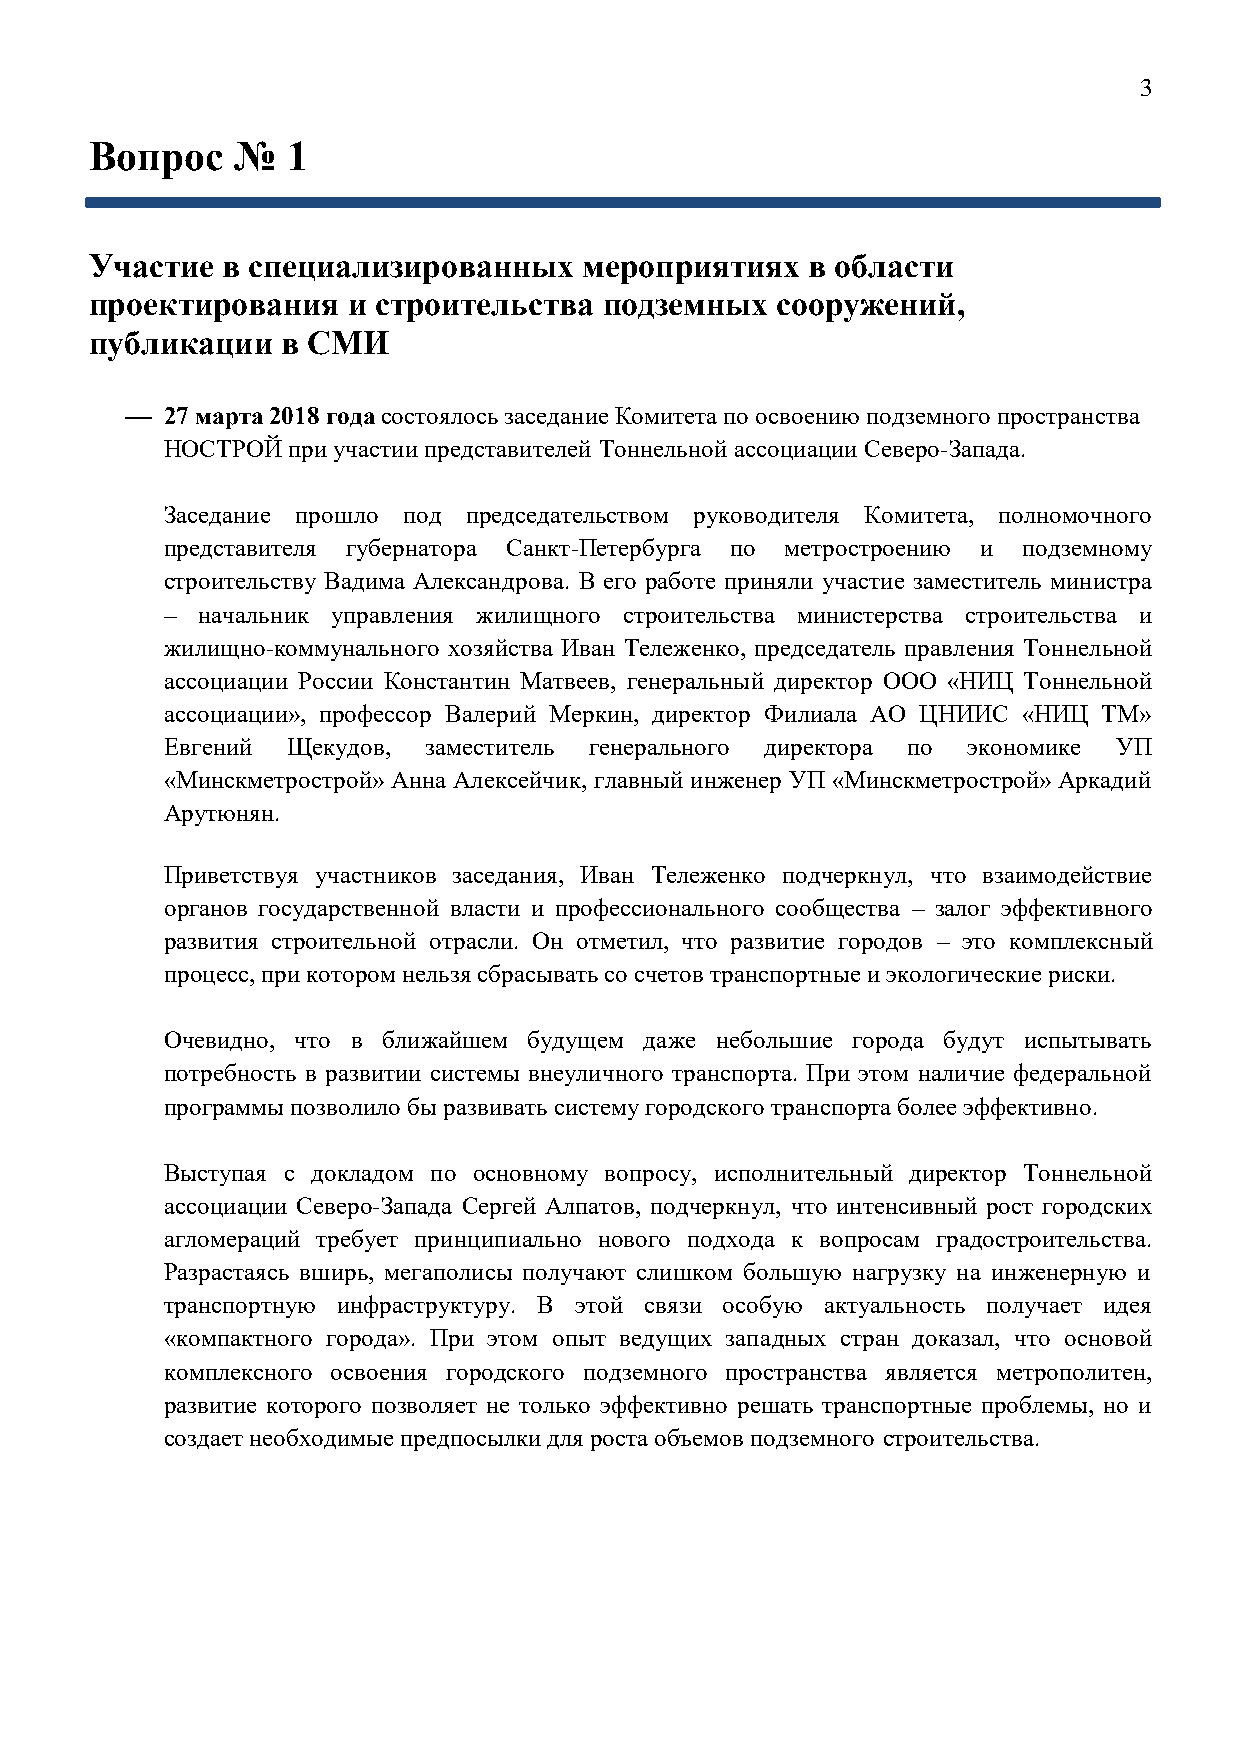
3
 Вопрос    №  1
 Участие  в специализированных    мероприятиях  в области
 проектирования   и строительства  подземных  сооружений,
 публикации   в СМИ
   27 марта 2018 года состоялось заседание Комитета по освоению подземного пространства
 НОСТРОЙ при участии представителей Тоннельной ассоциации Северо-Запада.
 Заседание прошло под председательством руководителя Комитета, полномочного
 представителя губернатора Санкт-Петербурга по метростроению и подземному
 строительству Вадима Александрова. В его работе приняли участие заместитель министра
 – начальник управления жилищного строительства министерства строительства и
 жилищно-коммунального хозяйства Иван Тележенко, председатель правления Тоннельной
 ассоциации России Константин Матвеев, генеральный директор ООО «НИЦ Тоннельной
 ассоциации», профессор Валерий Меркин, директор Филиала АО ЦНИИС «НИЦ ТМ»
 Евгений Щекудов, заместитель генерального директора по экономике УП
 «Минскметрострой» Анна Алексейчик, главный инженер УП «Минскметрострой» Аркадий
 Арутюнян.
 Приветствуя участников заседания, Иван Тележенко подчеркнул, что взаимодействие
 органов государственной власти и профессионального сообщества – залог эффективного
 развития строительной отрасли. Он отметил, что развитие городов – это комплексный
 процесс, при котором нельзя сбрасывать со счетов транспортные и экологические риски.
 Очевидно, что в ближайшем будущем даже небольшие города будут испытывать
 потребность в развитии системы внеуличного транспорта. При этом наличие федеральной
 программы позволило бы развивать систему городского транспорта более эффективно.
 Выступая с докладом по основному вопросу, исполнительный директор Тоннельной
 ассоциации Северо-Запада Сергей Алпатов, подчеркнул, что интенсивный рост городских
 агломераций требует принципиально нового подхода к вопросам градостроительства.
 Разрастаясь вширь, мегаполисы получают слишком большую нагрузку на инженерную и
 транспортную инфраструктуру. В этой связи особую актуальность получает идея
 «компактного города». При этом опыт ведущих западных стран доказал, что основой
 комплексного освоения городского подземного пространства является метрополитен,
 развитие которого позволяет не только эффективно решать транспортные проблемы, но и
 создает необходимые предпосылки для роста объемов подземного строительства.